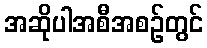
အဆိုပါအစီအစဉ်တွင်